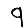
Digit: 9